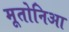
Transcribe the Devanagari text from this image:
मूतोनिआ